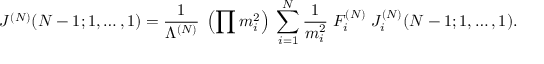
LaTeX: J ^ { ( N ) } ( N - 1 ; 1 , \ldots , 1 ) = \frac { 1 } { \Lambda ^ { ( N ) } } \; \left( \prod m _ { i } ^ { 2 } \right) \; \sum _ { i = 1 } ^ { N } \frac { 1 } { m _ { i } ^ { 2 } } \; F _ { i } ^ { ( N ) } \; J _ { i } ^ { ( N ) } ( N - 1 ; 1 , \ldots , 1 ) .